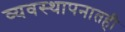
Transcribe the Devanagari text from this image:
व्यवस्थापनातही